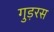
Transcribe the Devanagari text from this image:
गुड़रस